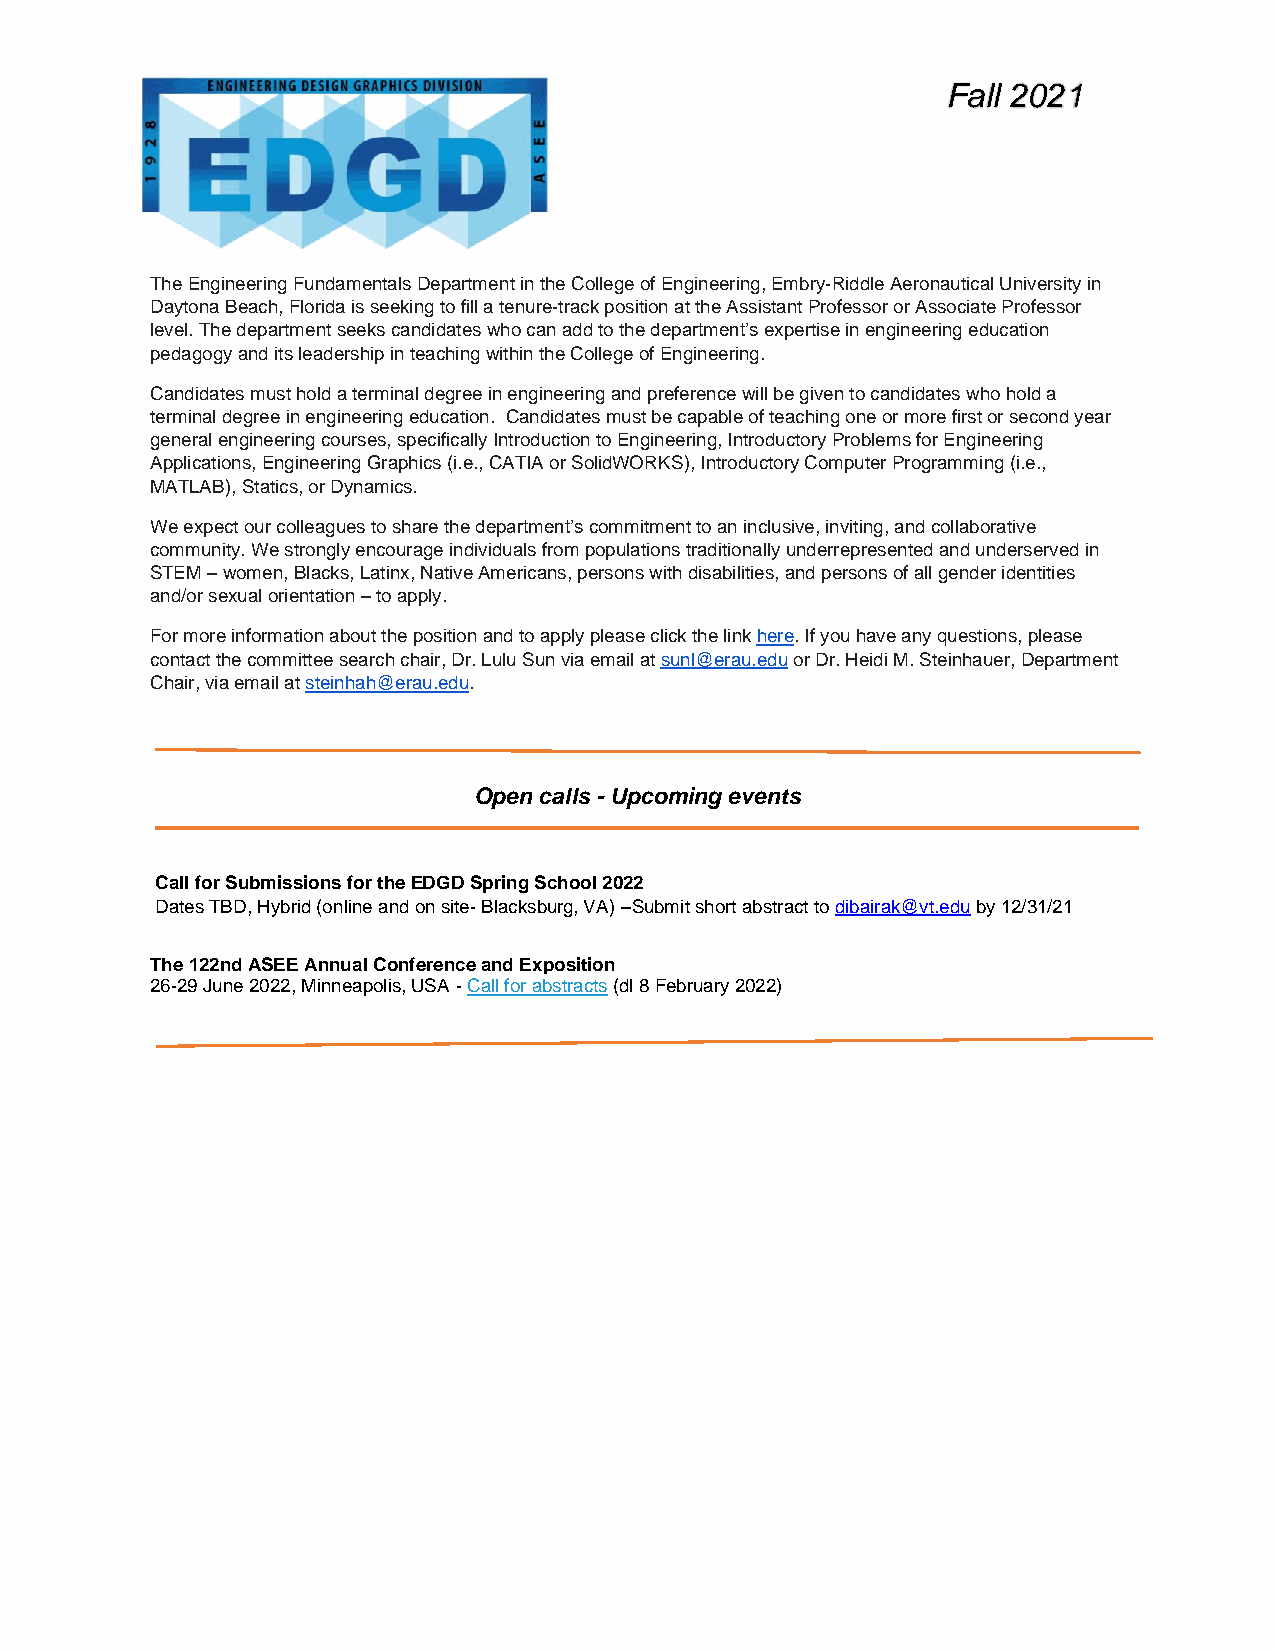
Fall 2021Spring
 2021
 The Engineering Fundamentals Department in the College of Engineering, Embry-Riddle Aeronautical University in
 Daytona Beach, Florida is seeking to fill a tenure-track position at the Assistant Professor or Associate Professor
 level. The department seeks candidates who can add to the department’s expertise in engineering education
 pedagogy and its leadership in teaching within the College of Engineering.
 Candidates must hold a terminal degree in engineering and preference will be given to candidates who hold a
 terminal degree in engineering education. Candidates must be capable of teaching one or more first or second year
 general engineering courses, specifically Introduction to Engineering, Introductory Problems for Engineering
 Applications, Engineering Graphics (i.e., CATIA or SolidWORKS), Introductory Computer Programming (i.e.,
 MATLAB), Statics, or Dynamics.
 We expect our colleagues to share the department’s commitment to an inclusive, inviting, and collaborative
 community. We strongly encourage individuals from populations traditionally underrepresented and underserved in
 STEM – women, Blacks, Latinx, Native Americans, persons with disabilities, and persons of all gender identities
 and/or sexual orientation – to apply.
 For more information about the position and to apply please click the link here. If you have any questions, please
 contact the committee search chair, Dr. Lulu Sun via email at sunl@erau.edu or Dr. Heidi M. Steinhauer, Department
 Chair, via email at steinhah@erau.edu.
 Open calls - Upcoming events
 Call for Submissions for the EDGD Spring School 2022
 Dates TBD, Hybrid (online and on site- Blacksburg, VA) –Submit short abstract to dibairak@vt.edu by 12/31/21
 The 122nd ASEE Annual Conference and Exposition
 26-29 June 2022, Minneapolis, USA - Call for abstracts (dl 8 February 2022)